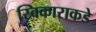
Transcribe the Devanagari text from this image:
स्विकाराकडे